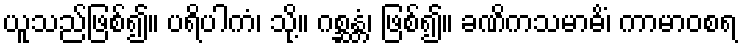
ယူသည်ဖြစ်၍။ ပရိပါကံ၊ သို့။ ဂစ္ဆန္တံ၊ ဖြစ်၍။ ခဏိကသမာဓိံ၊ ကာမာဝစရ